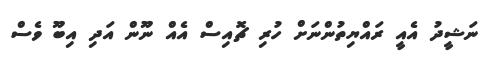
ނަޝީދު އެއީ ރައްޔިތުންނަށް ހުރި ޗޮއިސް އެއް ނޫން އަދި އިބޫ ވެސް